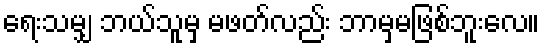
ရေးသမျှ ဘယ်သူမှ မဖတ်လည်း ဘာမှမဖြစ်ဘူးလေ။